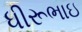
ધીરૂભાઇ